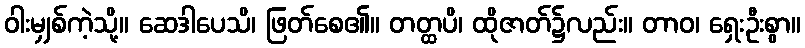
ဝါးမျှစ်ကဲ့သို့။ ဆေဒါပေသိ၊ ဖြတ်စေ၏။ တတ္ထပိ၊ ထိုဇာတ်၌လည်း။ တာဝ၊ ရှေးဦးစွာ။